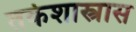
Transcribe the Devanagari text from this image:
तर्कशास्त्रास